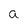
Character: a